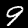
Label: 9